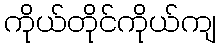
ကိုယ်တိုင်ကိုယ်ကျ